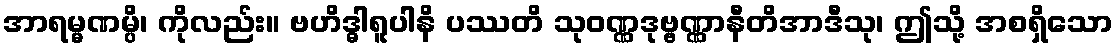
အာရမ္မဏမ္ပိ၊ ကိုလည်း။ ဗဟိဒ္ဓါရူပါနိ ပဿတိ သုဝဏ္ဏဒုဗ္ဗဏ္ဏာနီတိအာဒီသု၊ ဤသို့ အစရှိသော